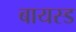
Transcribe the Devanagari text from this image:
बायस्ड